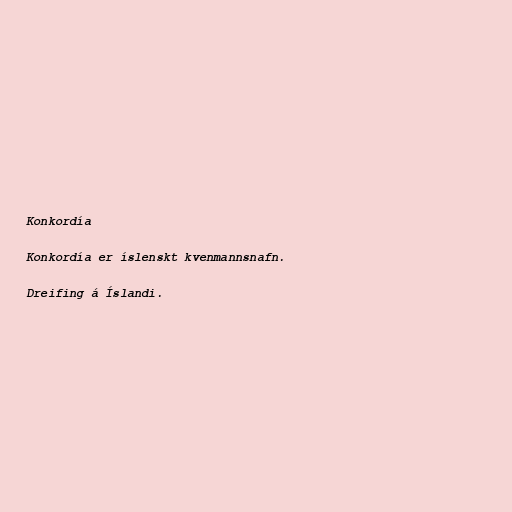
Konkordía

Konkordía er íslenskt kvenmannsnafn.

Dreifing á Íslandi.